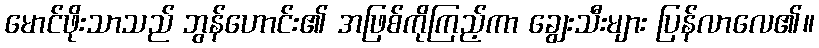
မောင်ဖိုးသာသည် ဘွန်ဟောင်း၏ အဖြစ်ကိုကြည့်ကာ ချွေးသီးများ ပြန်လာလေ၏။